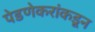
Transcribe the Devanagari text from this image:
पेडणेकरांकडून